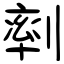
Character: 𠞩